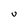
Character: U